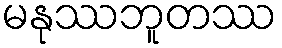
မနုဿဘူတဿ